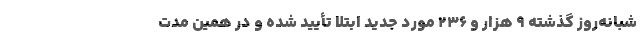
شبانه‌روز گذشته ۹ هزار و ۲۳۶ مورد جدید ابتلا تأیید شده و در همین مدت